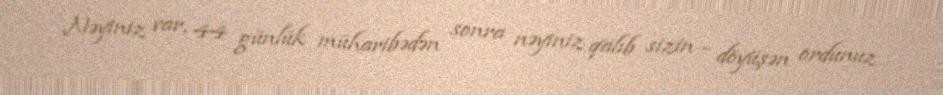
Nəyiniz var, 44 günlük müharibədən sonra nəyiniz qalıb sizin - döyüşən ordunuz